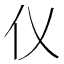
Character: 𪜧